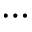
\cdots